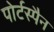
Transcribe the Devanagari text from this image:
पोर्टस्पैन